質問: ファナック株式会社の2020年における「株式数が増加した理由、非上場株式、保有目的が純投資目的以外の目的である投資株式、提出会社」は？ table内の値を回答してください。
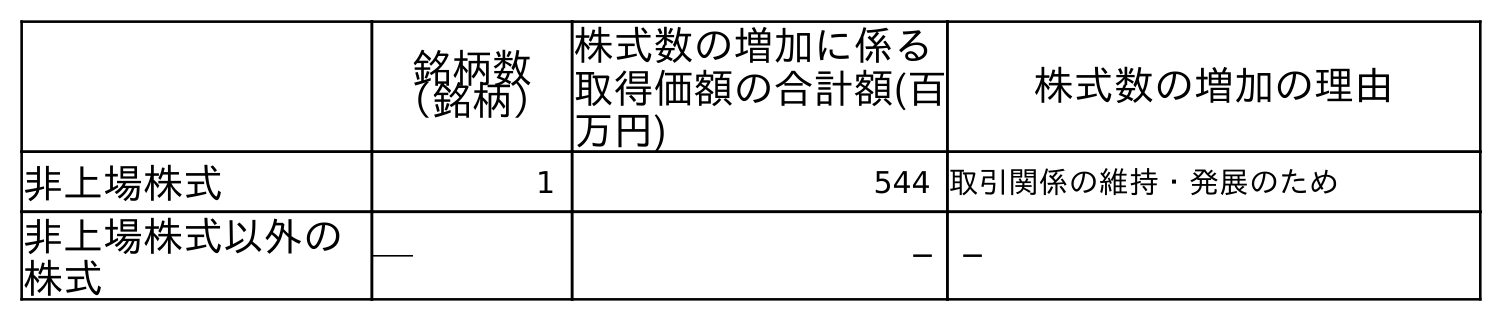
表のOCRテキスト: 銘柄数 （銘柄） 株式数の増加に係る 取得価額の合計額(百 万円) 株式数の増加の理由 非上場株式 1 544 取引関係の維持・発展のため 非上場株式以外の 株式 ─ ─ ─
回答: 取引関係の維持・発展のため